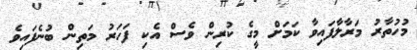
މުހުތާރު މަރާލާފައިވާ ކަމަށް މީގެ ކުރިން ވެސް އެކި ފަހަރު މަތިން ބުނެފައިވެ